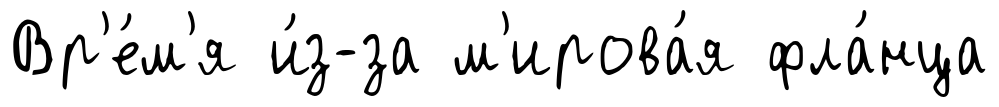
Вр'е́м'я и́з-за м'ирова́я фла́нца